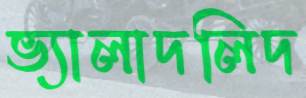
ভ্যালাদলিদ